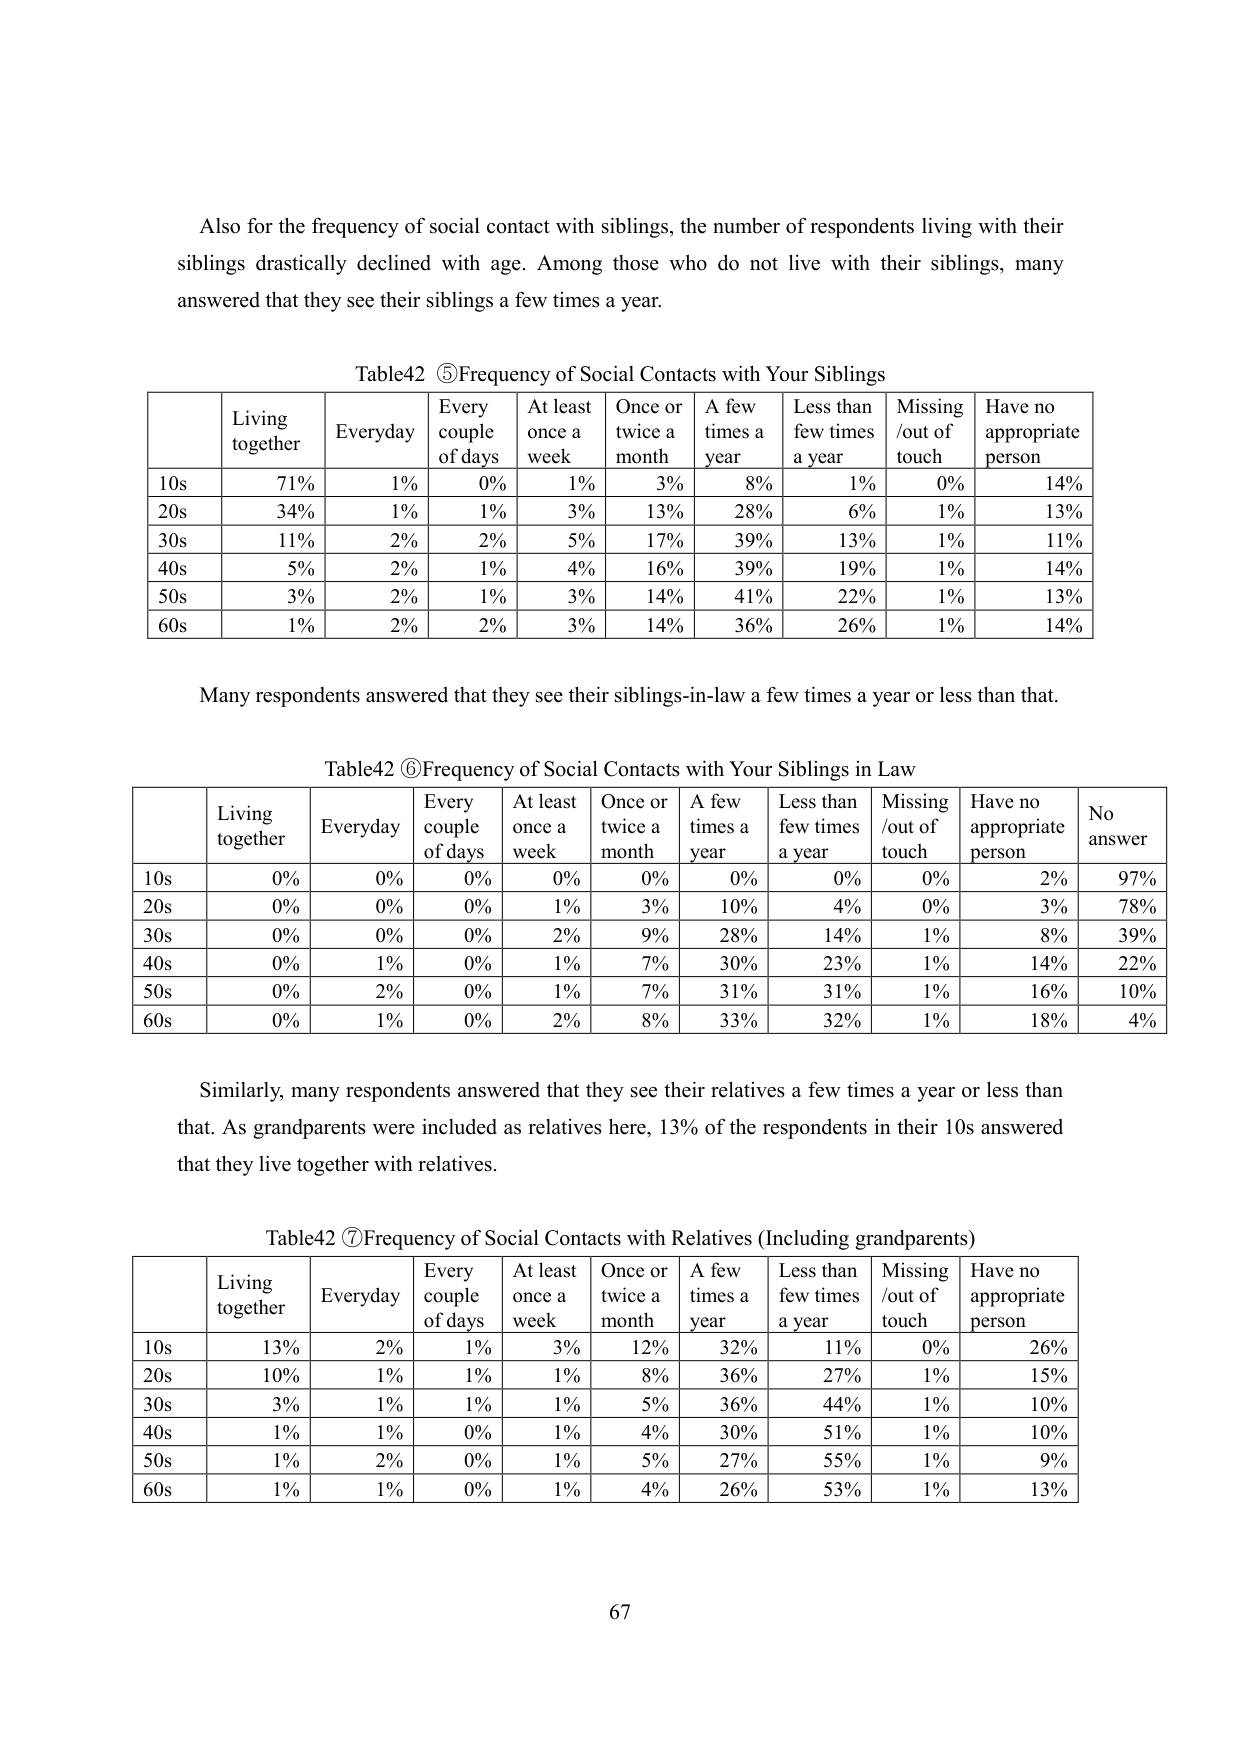
Also for the frequency of social contact with siblings, the number of respondents living with their siblings drastically declined with age. Among those who do not live with their siblings, many answered that they see their siblings a few times a year.

Table42 ⑤Frequency of Social Contacts with Your Siblings
Living together	Everyday	Every couple of days	At least once a week	Once or twice a month	A few times a year	Less than few times a year	Missing /out of touch	Have no appropriate person
10s	71%	1%	0%	1%	3%	8%	1%	0%	14%
20s	34%	1%	1%	3%	13%	28%	6%	1%	13%
30s	11%	2%	2%	5%	17%	39%	13%	1%	11%
40s	5%	2%	1%	4%	16%	39%	19%	1%	14%
50s	3%	2%	1%	3%	14%	41%	22%	1%	13%
60s	1%	2%	2%	3%	14%	36%	26%	1%	14%

Many respondents answered that they see their siblings-in-law a few times a year or less than that.

Table42 ⑥Frequency of Social Contacts with Your Siblings in Law
Living together	Everyday	Every couple of days	At least once a week	Once or twice a month	A few times a year	Less than few times a year	Missing /out of touch	Have no appropriate person	No answer
10s	0%	0%	0%	0%	0%	0%	0%	0%	2%	97%
20s	0%	0%	0%	1%	3%	10%	4%	0%	3%	78%
30s	0%	0%	0%	2%	9%	28%	14%	1%	8%	39%
40s	0%	1%	0%	1%	7%	30%	23%	1%	14%	22%
50s	0%	2%	0%	1%	7%	31%	31%	1%	16%	10%
60s	0%	1%	0%	2%	8%	33%	32%	1%	18%	4%

Similarly, many respondents answered that they see their relatives a few times a year or less than that. As grandparents were included as relatives here, 13% of the respondents in their 10s answered that they live together with relatives.

Table42 ⑦Frequency of Social Contacts with Relatives (Including grandparents)
Living together	Everyday	Every couple of days	At least once a week	Once or twice a month	A few times a year	Less than few times a year	Missing /out of touch	Have no appropriate person
10s	13%	2%	1%	3%	12%	32%	11%	0%	26%
20s	10%	1%	1%	1%	8%	36%	27%	1%	15%
30s	3%	1%	1%	1%	5%	36%	44%	1%	10%
40s	1%	1%	0%	1%	4%	30%	51%	1%	10%
50s	1%	2%	0%	1%	5%	27%	55%	1%	9%
60s	1%	1%	0%	1%	4%	26%	53%	1%	13%

67